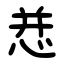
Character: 㤣